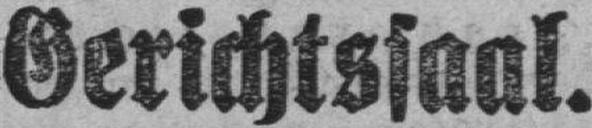
Gerichtssaal.